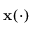
\mathbf { x } ( \cdot )